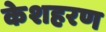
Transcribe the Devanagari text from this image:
केशहरण